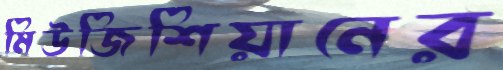
মিউজিশিয়ানের